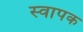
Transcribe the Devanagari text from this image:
स्‍वापक